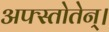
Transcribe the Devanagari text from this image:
अफ्स्तोतेन्।